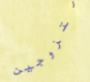
متزوجين